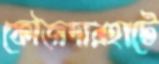
ফৌজদারহাটে